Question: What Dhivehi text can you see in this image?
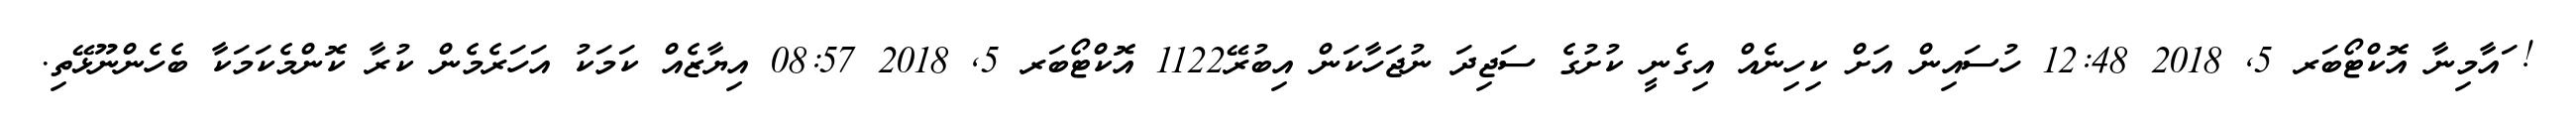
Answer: ! ައާމިނާ އޮކްޓޯބަރ 5, 2018 12:48 ހުސައިން އަށް ކިހިނެއް އިގެނީ ކުށުގެ ސަޖިދަ ނުޖަހާކަން އިބުރޭ1122 އޮކްޓޯބަރ 5, 2018 08:57 އިޔާޒެއް ކަމަކު އަހަރެމެން ކުރާ ކޮންމެކަމަކާ ބެހެންނޫޅޭތި.